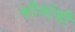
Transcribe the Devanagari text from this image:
फौजांशी